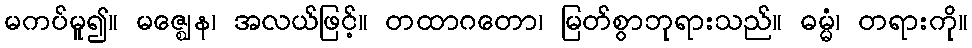
မကပ်မူ၍။ မဇ္ဈေန၊ အလယ်ဖြင့်။ တထာဂတော၊ မြတ်စွာဘုရားသည်။ ဓမ္မံ၊ တရားကို။